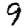
Digit: 9